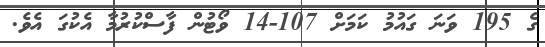
ގެ 195 ވަނަ ގައުމު ކަމަށް 107-14 ވޯޓުން ފާސްކުރުމާ އެކުގަ އެވެ.